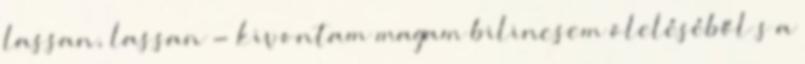
lassan, lassan - kivontam magam bilincsem öleléséből s a